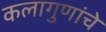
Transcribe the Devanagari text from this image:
कलागुणांचे